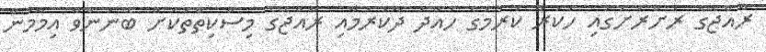
ރާއްޖޭގެ ރަށްރަށުގައި ހުކުރު ކުރުމުގެ ހުއްދަ ދޫކުރުމާއި ރާއްޖޭގެ މިސްކިތްތަކަށް ބޭނުންވާ އިމާމުން